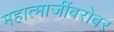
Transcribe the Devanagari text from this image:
महात्माजींबरोबर